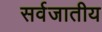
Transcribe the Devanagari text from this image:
सर्वजातीय